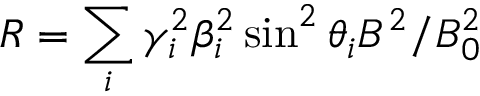
R = \sum _ { i } \gamma _ { i } ^ { 2 } \beta _ { i } ^ { 2 } \sin ^ { 2 } \theta _ { i } B ^ { 2 } / B _ { 0 } ^ { 2 }